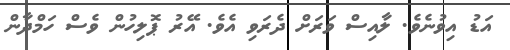
އަޑު އިވުނެވެ. ލާއިސް ވަރަށް ދެރަވި އެވެ. އޭރު ޕޮލިހުން ވެސް ހަމްދާން